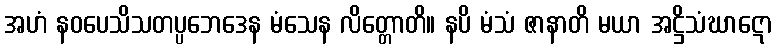
အဟံ နဝပေသိသတပ္ပဘေဒေန မံသေန လိတ္တောတိ။ နပိ မံသံ ဇာနာတိ မယာ အဋ္ဌိသံဃာဋော